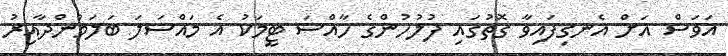
އަވަސް އަށް އެނގިފައިވާ ގޮތުގައި ފުލުހުންގެ ހާއްސަ ޓީމަކު އެ މައްސަލަ ބަލަމުންދާއިރު